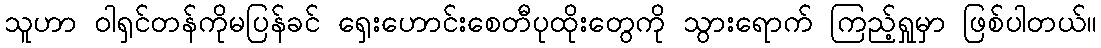
သူဟာ ဝါရှင်တန်ကိုမပြန်ခင် ရှေးဟောင်းစေတီပုထိုးတွေကို သွားရောက် ကြည့်ရှုမှာ ဖြစ်ပါတယ်။